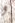
و